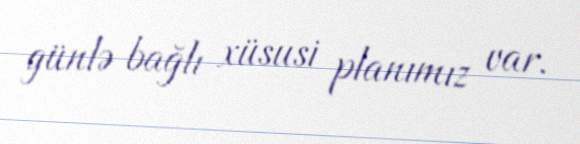
günlə bağlı xüsusi planımız var.